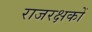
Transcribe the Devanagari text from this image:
राजरक्षकों